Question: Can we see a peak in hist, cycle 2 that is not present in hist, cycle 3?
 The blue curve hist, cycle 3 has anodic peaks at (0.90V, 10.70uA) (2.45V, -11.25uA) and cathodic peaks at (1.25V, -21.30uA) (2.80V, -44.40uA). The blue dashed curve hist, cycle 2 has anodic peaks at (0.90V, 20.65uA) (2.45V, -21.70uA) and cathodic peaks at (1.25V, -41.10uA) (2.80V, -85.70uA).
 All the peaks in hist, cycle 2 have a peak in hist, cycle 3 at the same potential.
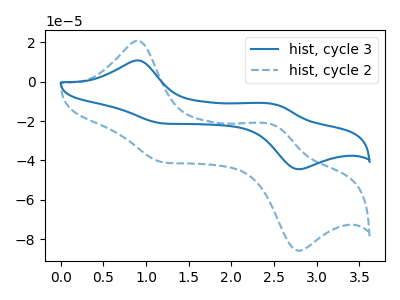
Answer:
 <answer>No, "hist, cycle 2" and "hist, cycle 3" don't appear to be significantly different in shape</answer>
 <eval>no_change</eval>